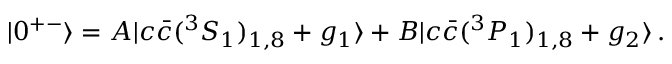
| 0 ^ { + - } \rangle = A | c \bar { c } ( ^ { 3 } S _ { 1 } ) _ { 1 , 8 } + g _ { 1 } \rangle + B | c \bar { c } ( ^ { 3 } P _ { 1 } ) _ { 1 , 8 } + g _ { 2 } \rangle \, .